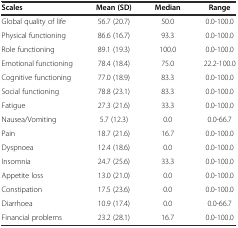
| Scales | Mean (SD) | Median | Range |
 | --- | --- | --- | --- |
 | Global quality of life | 56.7 (20.7) | 50.0 | 0.0-100.0 |
 | Physical functioning | 86.6 (16.7) | 93.3 | 0.0-100.0 |
 | Role functioning | 89.1 (19.3) | 100.0 | 0.0-100.0 |
 | Emotional functioning | 78.4 (18.4) | 75.0 | 22.2-100.0 |
 | Cognitive functioning | 77.0 (18.9) | 83.3 | 0.0-100.0 |
 | Social functioning | 78.8 (23.1) | 83.3 | 0.0-100.0 |
 | Fatigue | 27.3 (21.6) | 33.3 | 0.0-100.0 |
 | Nausea/Vomiting | 5.7 (12.3) | 0.0 | 0.0-66.7 |
 | Pain | 18.7 (21.6) | 16.7 | 0.0-100.0 |
 | Dyspnoea | 12.4 (18.6) | 0.0 | 0.0-100.0 |
 | Insomnia | 24.7 (25.6) | 33.3 | 0.0-100.0 |
 | Appetite loss | 13.0 (21.0) | 0.0 | 0.0-100.0 |
 | Constipation | 17.5 (23.6) | 0.0 | 0.0-100.0 |
 | Diarrhoea | 10.9 (17.4) | 0.0 | 0.0-66.7 |
 | Financial problems | 23.2 (28.1) | 16.7 | 0.0-100.0 |